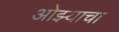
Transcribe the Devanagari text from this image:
ओझ्याचा